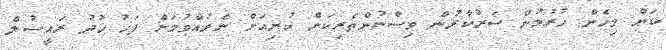
ކަން މިހެން ހުރުމުން ސަރުކާރުން ވިސްނުންތެރިކަން ކުރިއަށް ނެރުއްވުމަށް ފަހު ޚުދު ރައީސުލް